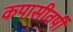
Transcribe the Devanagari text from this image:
कपासीवर्षी